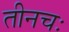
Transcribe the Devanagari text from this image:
तीनचः